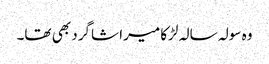
وہ سولہ سالہ لڑکا میرا شاگرد بھی تھا۔